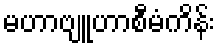
မဟာဗျူဟာစီမံကိန်း